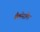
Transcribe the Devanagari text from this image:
मैक्मेनामिन